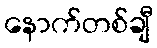
နောက်တစ်ချီ